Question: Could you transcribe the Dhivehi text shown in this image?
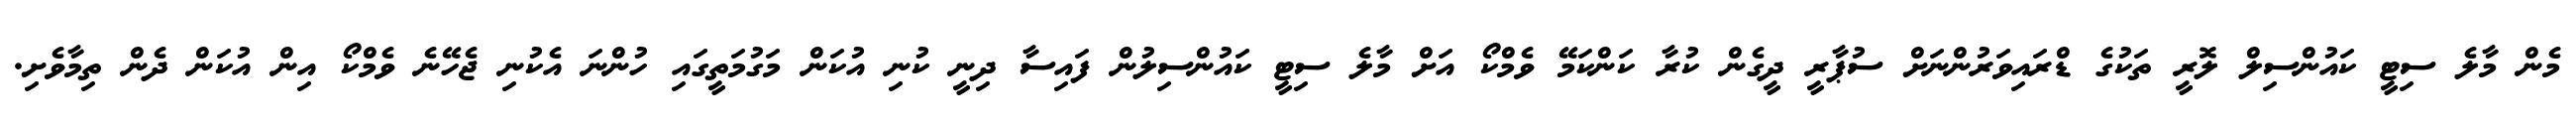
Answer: މެން މާލެ ސިޓީ ކައުންސިލް ލޮރީ ތަކުގެ ޑްރައިވަރުންނަށް ސުޕާރީ ދީގެން ކުރާ ކަންކަމޭ ވެމްކޯ އަށް މާލެ ސިޓީ ކައުންސިލުން ފައިސާ ދިނީ ކުނި އުކަން މަގުމަތީގައި ހުންނަ އެކުނި ޖެހޭނެ ވެމްކޯ އިން އުކަން ދެން ތިމާވެށި.